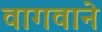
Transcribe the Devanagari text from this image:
वागवाने